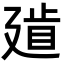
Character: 𢌨